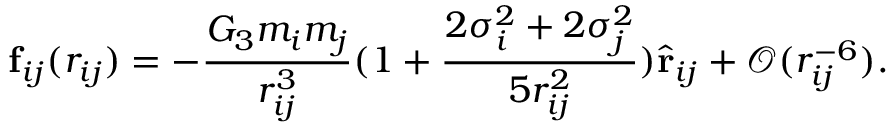
\mathbf { f } _ { i j } ( r _ { i j } ) = - \frac { G _ { 3 } m _ { i } m _ { j } } { r _ { i j } ^ { 3 } } ( 1 + \frac { 2 \sigma _ { i } ^ { 2 } + 2 \sigma _ { j } ^ { 2 } } { 5 r _ { i j } ^ { 2 } } ) \hat { \mathbf { r } } _ { i j } + \mathcal { O } ( r _ { i j } ^ { - 6 } ) .